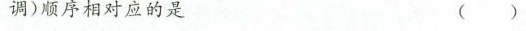
调)顺序相对应的是( )